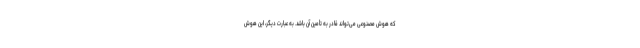
که هوش مصنوعی می‌تواند قادر به تأمین آن باشد. به عبارت دیگر، این هوش